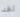
لقد